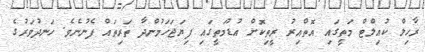
ރާހިލް ކުއިލްޓް މަތީގައި އޮތްއިރު ރީތިކޮށް އުޑުމަތީގައި ފިޔަޖަހަމުންދާ ތަރިތައް ފެނުނެވެ. ހަނދުވަރުގެ